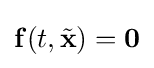
\mathbf {f} (t,{\tilde {\mathbf {x} }})=\mathbf {0}